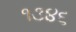
૧૩૪૬